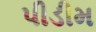
પીડીમ